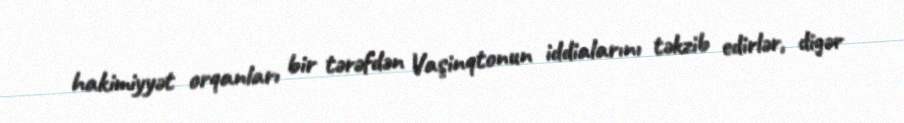
hakimiyyət orqanları bir tərəfdən Vaşinqtonun iddialarını təkzib edirlər, digər